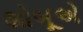
શોબૂએ